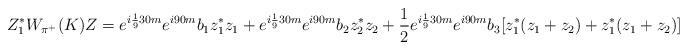
LaTeX: \begin{align*}Z_1^*W_{\pi^+}(K)Z= e^{i \frac19 30 m}e^{i 90 m}b_1 z_1^*z_1 + e^{i \frac19 30 m}e^{i 90 m}b_2 z_2^*z_2+\frac12 e^{i \frac19 30 m}e^{i 90 m}b_3 [z_1^*(z_1+z_2)+ z_1^*(z_1+z_2)] \end{align*}